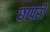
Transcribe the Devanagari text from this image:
छापरी